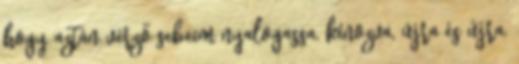
hogy aztán vérző sebeim nyalogassa, kínozva, újra és újra,